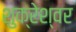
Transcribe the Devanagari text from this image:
शुक्रेश्वर